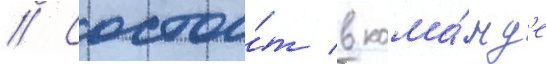
// Состои́т в кома́нд'е